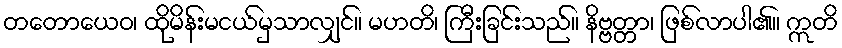
တတောယေဝ၊ ထိုမိန်းမငယ်မှသာလျှင်။ မဟတိ၊ ကြီးခြင်းသည်။ နိဗ္ဗတ္တာ၊ ဖြစ်လာပါ၏။ ဣတိ